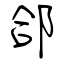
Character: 郃